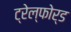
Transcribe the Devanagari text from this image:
ट्रेल्फोर्ड